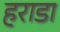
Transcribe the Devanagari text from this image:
हराडा